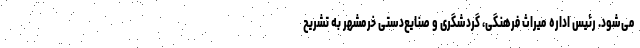
می‌شود. رئیس اداره میراث فرهنگی، گردشگری و صنایع‌دستی خرمشهر به تشریح